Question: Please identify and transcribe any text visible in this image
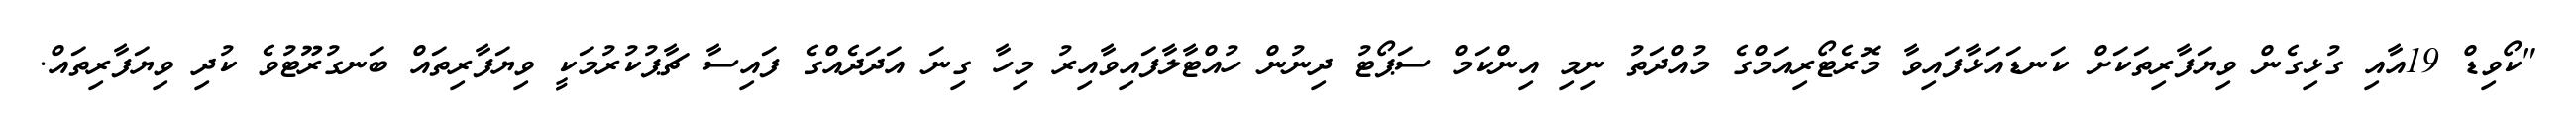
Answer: "ކޯވިޑް 19އާއި ގުޅިގެން ވިޔަފާރިތަކަށް ކަނޑައަޅާފައިވާ މޮރެޓޯރިއަމްގެ މުއްދަތު ނިމި އިންކަމް ސަޕޯޓު ދިނުން ހުއްޓާލާފައިވާއިރު މިހާ ގިނަ އަދަދެއްގެ ފައިސާ ޗާޕުކުރުމަކީ ވިޔަފާރިތައް ބަނގުރޫޓުވެ ކުދި ވިޔަފާރިތައް.